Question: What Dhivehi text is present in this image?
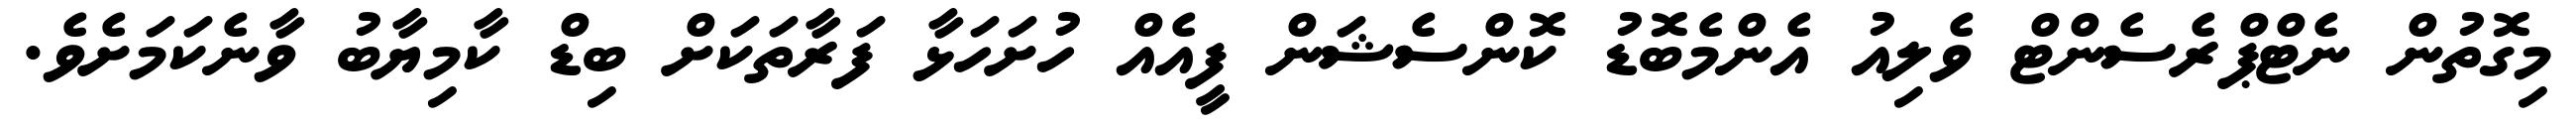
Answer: މިގޮތުން ނެޓްޕްރެސެންޓް ވެލިއު އެންމެބޮޑު ކޮންސެޝަން ފީއެއް ހުށަހަޅާ ފަރާތަކަށް ބިޑް ކާމިޔާބު ވާނެކަމަށެވެ.